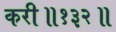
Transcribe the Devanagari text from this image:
करी॥१३२॥